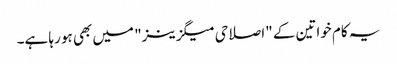
یہ کام خواتین کے "اصلاحی میگزینز" میں بھی ہو رہا ہے۔